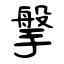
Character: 搫